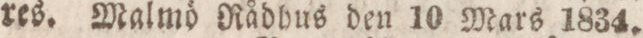
res. Malmö Rådhus den 10 Mars 1834.